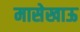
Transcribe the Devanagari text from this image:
मासेखाऊ